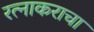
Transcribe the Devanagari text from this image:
रत्नाकराचा